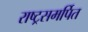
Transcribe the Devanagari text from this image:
राष्ट्रसमर्पित